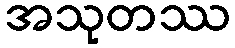
အသုတဿ